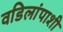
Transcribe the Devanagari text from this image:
वडिलांपाशी